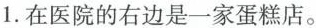
1.在医院的右边是一家蛋糕店。